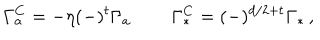
LaTeX: \Gamma _ { a } ^ { C } = - \eta ( - ) ^ { t } \Gamma _ { a } \, \qquad \Gamma _ { * } ^ { C } = ( - ) ^ { d / 2 + t } \Gamma _ { * } \, ,